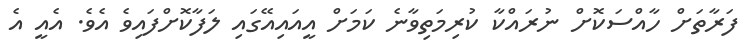
ފަރާތަށް ހާއްސަކޮށް ނުރައްކާ ކުރިމަތިވާނެ ކަމަށް އީއައިއޭގައި ލަފާކޮށްފައިވެ އެވެ. އެއީ އެ